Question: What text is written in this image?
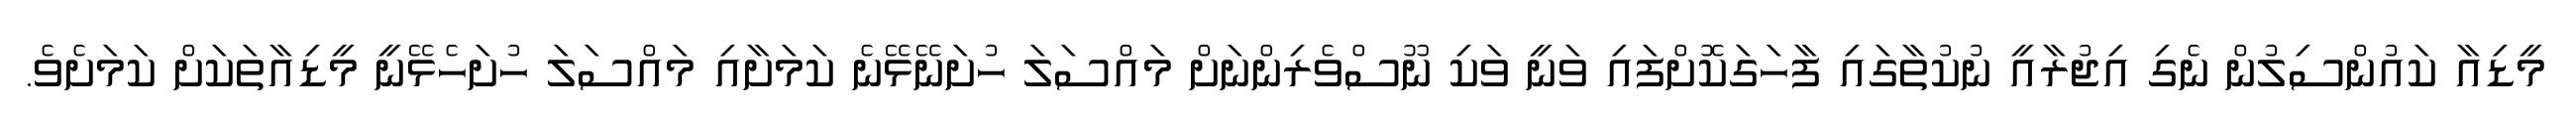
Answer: މީޑިއާ ކައުންސިލުން ނެގި އިޖުރާއީ ނުކުތާގައި ފާހަގަކޮށްފައި ވަނީ ވަކި ނޫސްވެރިންނަށް މައްސަލަ ހުށަނޭޅޭނެ ކަމަށާއި މައްސަލަ ހުށަހެޅޭނީ މީޑިއާތަކަށް ކަމަށެވެ.